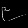
Digit: ၉